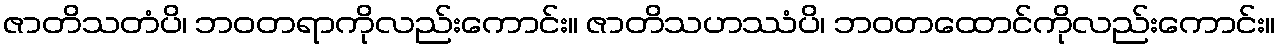
ဇာတိသတံပိ၊ ဘဝတရာကိုလည်းကောင်း။ ဇာတိသဟဿံပိ၊ ဘဝတထောင်ကိုလည်းကောင်း။